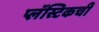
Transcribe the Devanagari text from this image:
प्लॅस्टिकची